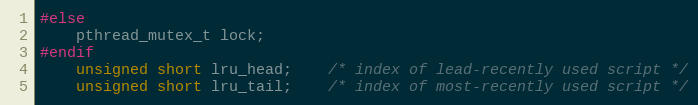
Language: C
#else
    pthread_mutex_t lock;
#endif
    unsigned short lru_head;    /* index of lead-recently used script */
    unsigned short lru_tail;    /* index of most-recently used script */